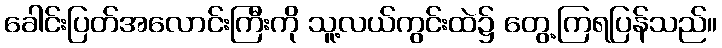
ခေါင်းပြတ်အလောင်းကြီးကို သူ့လယ်ကွင်းထဲ၌ တွေ့ကြရပြန်သည်။